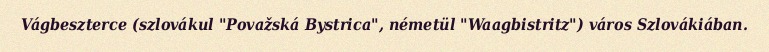
Vágbeszterce (szlovákul "Považská Bystrica", németül "Waagbistritz") város Szlovákiában.